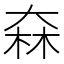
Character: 㚞